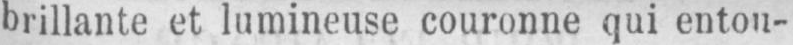
brillante et lumineuse couronne qui entou-